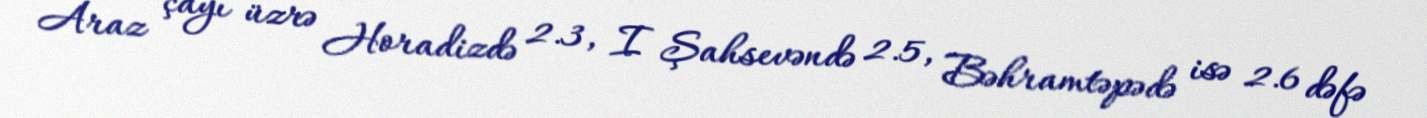
Araz çayı üzrə Horadizdə 2.3, I Şahsevəndə 2.5, Bəhramtəpədə isə 2.6 dəfə